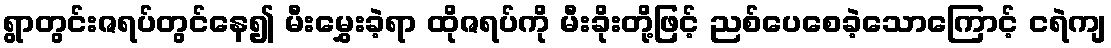
ရွာတွင်းဇရပ်တွင်နေ၍ မီးမွှေးခဲ့ရာ ထိုဇရပ်ကို မီးခိုးတို့ဖြင့် ညစ်ပေစေခဲ့သောကြောင့် ငရဲကျ